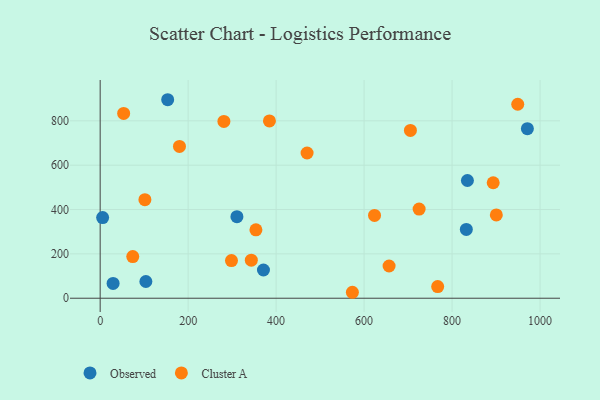
{"axis": {"x": "Study Hours", "y": "Yield"}, "legend": ["Cluster A", "Observed"], "data": [{"x": "153.5", "y": 895.3, "type": "Observed"}, {"x": "103.9", "y": 75.3, "type": "Observed"}, {"x": "310.9", "y": 367.6, "type": "Observed"}, {"x": "834.9", "y": 531.0, "type": "Observed"}, {"x": "971.2", "y": 764.7, "type": "Observed"}, {"x": "5.6", "y": 363.8, "type": "Observed"}, {"x": "29.4", "y": 66.7, "type": "Observed"}, {"x": "371.2", "y": 127.2, "type": "Observed"}, {"x": "832.4", "y": 310.3, "type": "Observed"}, {"x": "705.3", "y": 756.9, "type": "Cluster A"}, {"x": "180.3", "y": 684.7, "type": "Cluster A"}, {"x": "893.5", "y": 520.8, "type": "Cluster A"}, {"x": "656.8", "y": 145.4, "type": "Cluster A"}, {"x": "384.8", "y": 799.5, "type": "Cluster A"}, {"x": "74.1", "y": 187.9, "type": "Cluster A"}, {"x": "900.6", "y": 375.6, "type": "Cluster A"}, {"x": "949.3", "y": 875.0, "type": "Cluster A"}, {"x": "343.6", "y": 171.5, "type": "Cluster A"}, {"x": "298.5", "y": 169.9, "type": "Cluster A"}, {"x": "101.7", "y": 444.6, "type": "Cluster A"}, {"x": "623.7", "y": 373.6, "type": "Cluster A"}, {"x": "281.3", "y": 797.4, "type": "Cluster A"}, {"x": "470.4", "y": 655.1, "type": "Cluster A"}, {"x": "354.1", "y": 308.4, "type": "Cluster A"}, {"x": "573.4", "y": 26.8, "type": "Cluster A"}, {"x": "767.3", "y": 52.4, "type": "Cluster A"}, {"x": "725.1", "y": 402.3, "type": "Cluster A"}, {"x": "53.4", "y": 833.4, "type": "Cluster A"}]}